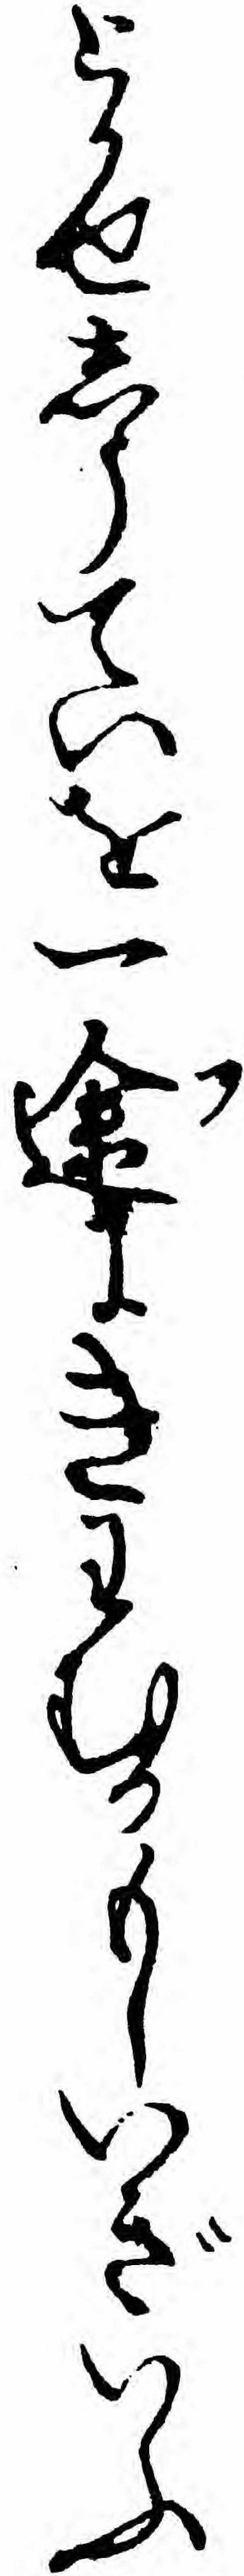
とかせしうていを一途にきわむるもしいぎいふ